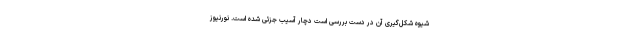
شیوه شکل‌گیری آن در دست بررسی است دچار آسیب جزئی شده است. نورنیوز